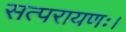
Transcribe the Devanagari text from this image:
सत्परायणः।